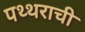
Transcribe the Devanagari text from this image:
पथ्थराची